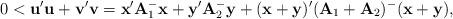
LaTeX: \begin{align*}0 < {\bf u}'{\bf u} + {\bf v}'{\bf v} = {\bf x}'{\bf A}_1^{-}{\bf x}+ {\bf y}'{\bf A}_2^{-}{\bf y} + ({\bf x} + {\bf y})'({\bf A}_1 + {\bf A}_2)^{-}({\bf x} + {\bf y}),\end{align*}